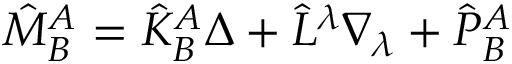
\hat { M } _ { B } ^ { A } = \hat { K } _ { B } ^ { A } \Delta + \hat { L } ^ { \lambda } \nabla _ { \lambda } + \hat { P } _ { B } ^ { A }